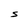
Character: S